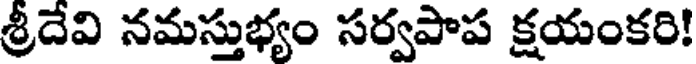
శ్రీదేవి నమస్తుభ్యం సర్వపాప క్షయంకరి!